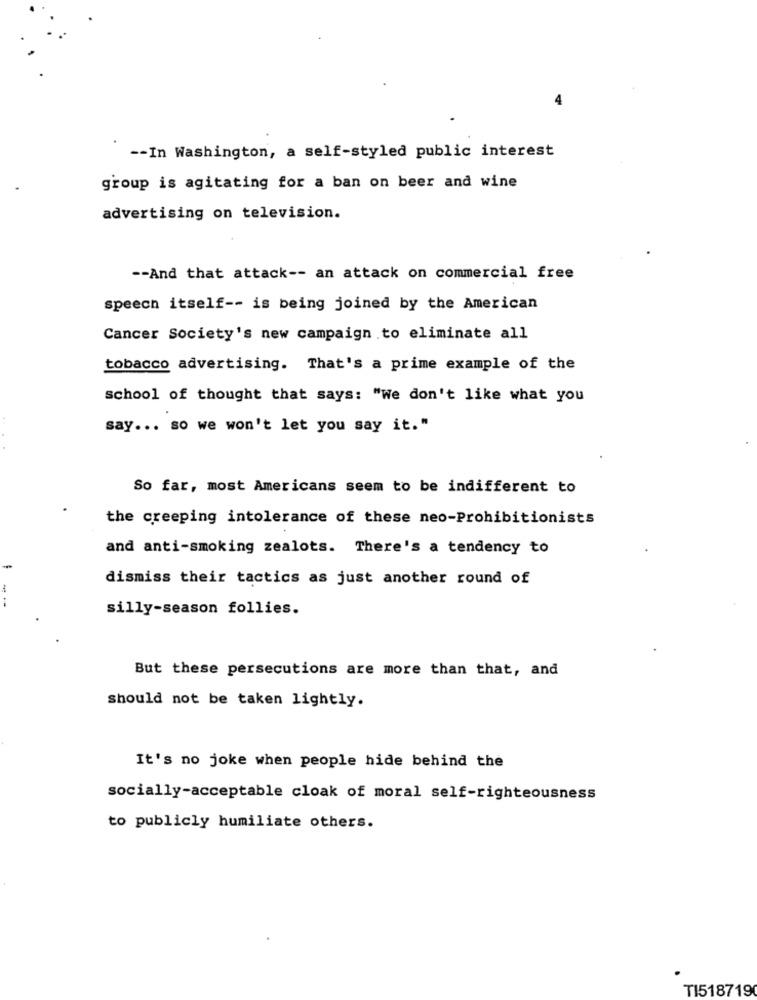
-- In Washington, a self-styled public interest
group is agitating for a ban on beer and wine
advertising on television.
-- And that attack -- an attack on commercial free
speech itself -- is being joined by the American
Cancer Society's new campaign to eliminate all
tobacco advertising. That's a prime example of the
school of thought that says: "We don't like what you
say ... so we won't let you say it."
So far, most Americans seem to be indifferent to
the creeping intolerance of these neo-Prohibitionists
and anti-smoking zealots. There's a tendency to
dismiss their tactics as just another round of
--
silly-season follies.
But these persecutions are more than that, and
should not be taken lightly.
It's no joke when people hide behind the
socially-acceptable cloak of moral self-righteousness
to publicly humiliate others.
TI518719